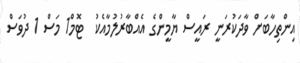
އިންތިހާބަށް ވާދަކުރަނީ ރައީސް ޔާމީންގެ އެއްބާރުލުމާއެކު  ޓޮމް1 މަސް 1 ދުވަސް